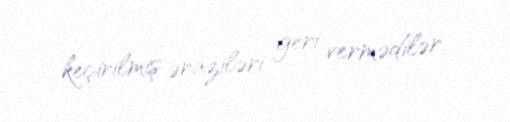
keçirilmiş əraziləri geri vermədilər.